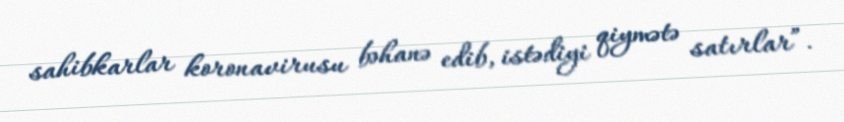
sahibkarlar koronavirusu bəhanə edib, istədiyi qiymətə satırlar”.